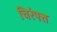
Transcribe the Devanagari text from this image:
चिरंपत्त